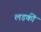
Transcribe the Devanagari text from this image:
लडकीं